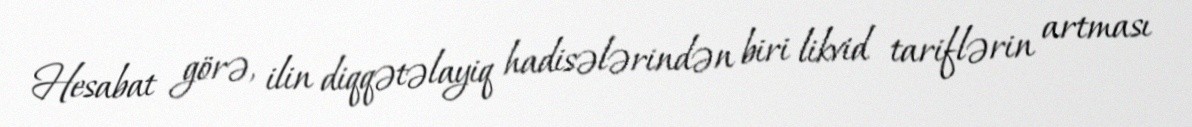
Hesabat görə, ilin diqqətəlayiq hadisələrindən biri likvid tariflərin artması